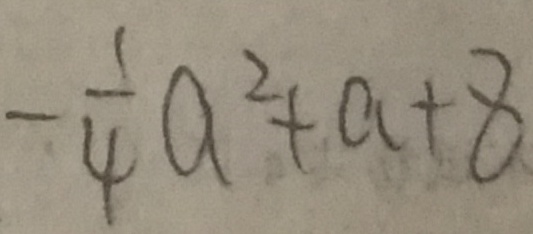
- \frac { 1 } { 4 } a ^ { 2 } + a + 8